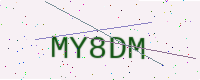
Text: MY8DM